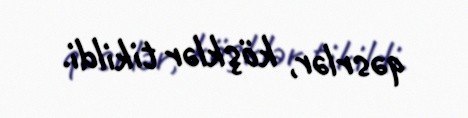
qəsrlər, köşklər tikildi.